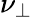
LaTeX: \nu_{\perp}